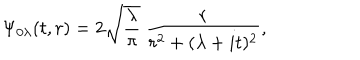
LaTeX: \Psi _ { 0 \lambda } ( t , r ) = 2 \sqrt { \frac { \lambda } { \pi } } \ \frac { r } { r ^ { 2 } + ( \lambda + i t ) ^ { 2 } } ,